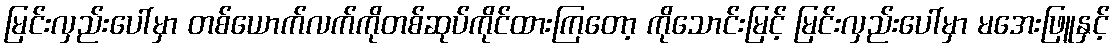
မြင်းလှည်းပေါ်မှာ တစ်ယောက်လက်ကိုတစ်ဆုပ်ကိုင်ထားကြတော့ ကိုသောင်းမြင့် မြင်းလှည်းပေါ်မှာ မအေးဖြူနှင့်